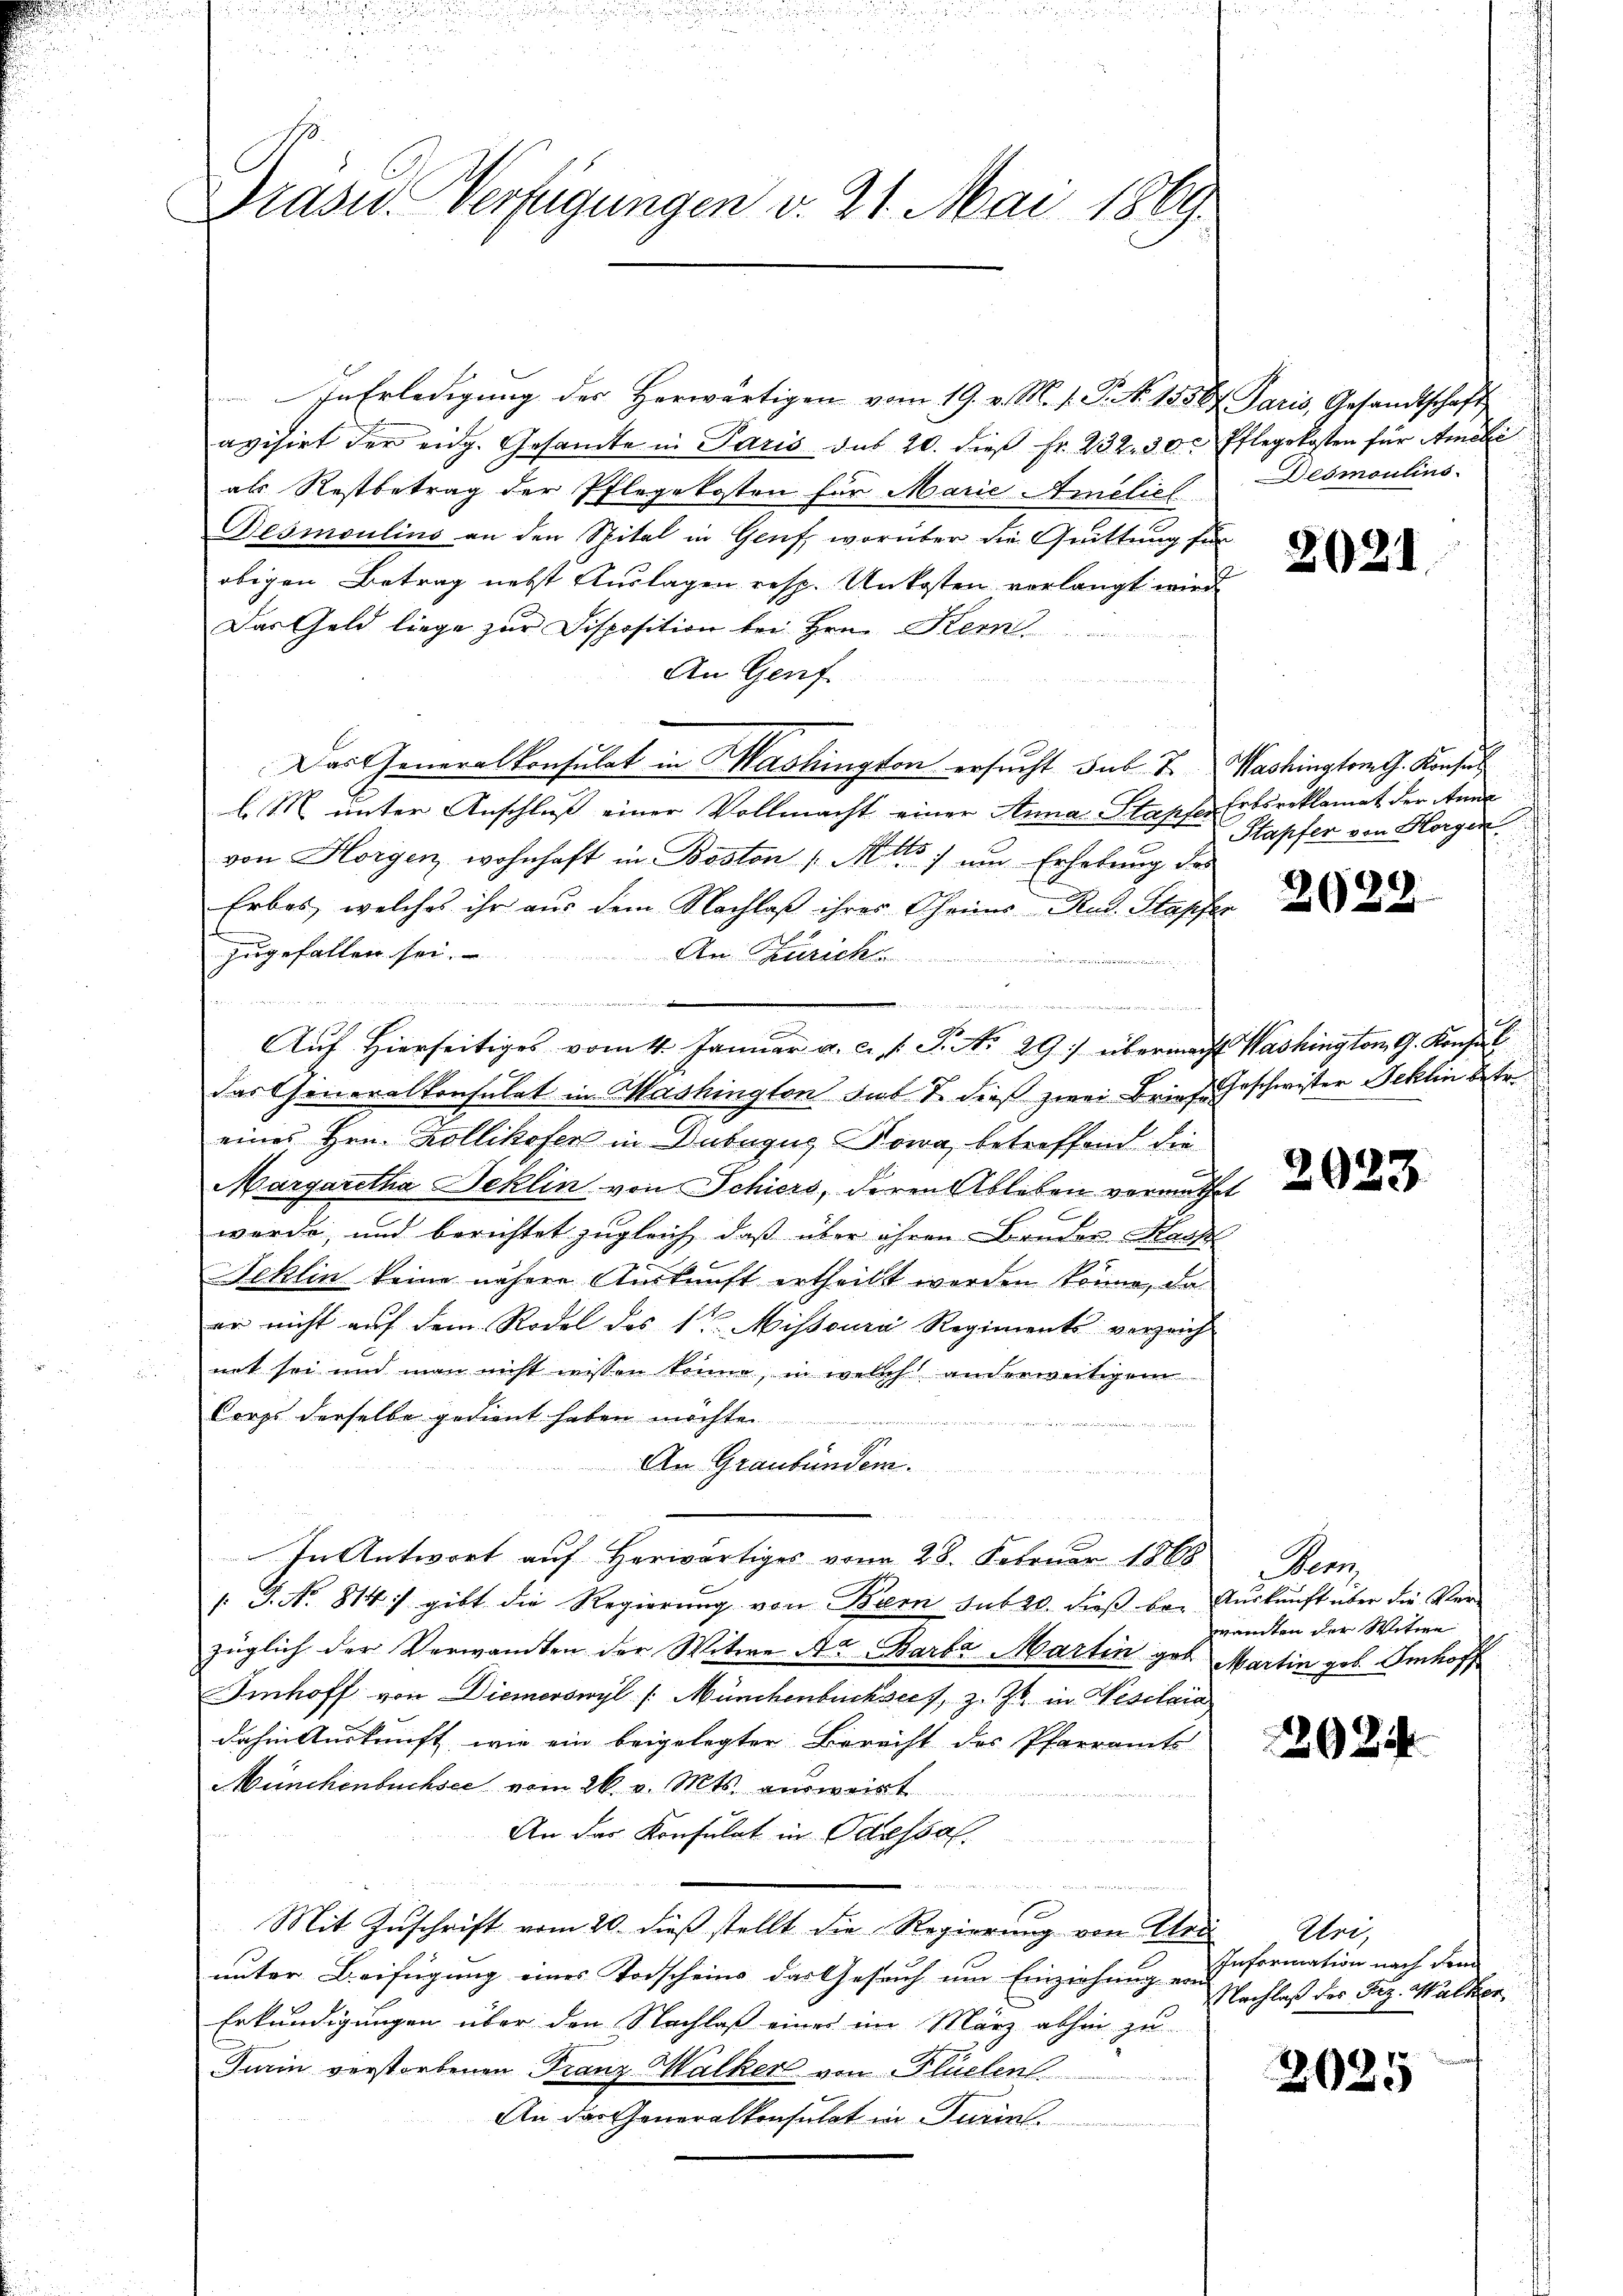
Präses Verfügungen v. 21. Mai 1869.

In Erledigung der Herwärtigen vom 19. v. M. 1. P. N. 15387. Paris, Gesandtschaft
avisirt der eidg. Gesamte in Paris das 20. dieβ fr. 232. 30. Pflegekosten für Amali
als Restbetrag der Pflegekosten für Marie-Amcliel
Desmoulins an den Spital in Genf, worüber die Guittung für
obigen Betrag nebst Auslagen resp. Unkosten vorlangt wird
Das Geld liege zur Disposition bei Hrn. Kern
An Genf
Das Generalkonsulat in Mashington ersucht sub. J. Washingtomth. Konsul
l. M. unter Anschluß einer Vollmacht einer Anna Stapfer Erbsreklamat der Anna
von Horgen, wohnhaft in Beston Mitte, um Erhebung des
Erbas, welches ihr aus dem Nachlaß ihrer Oheims Rud. Stapfer
zugefallen sei. An Zürich
edetenten anderen den der der die bei der erschi

Auf Hierseitiges vom 4. Januar a. c. s. S. Nr. 29) übermacht Washington G. Konsul
das Generalkonsulat in Mashington sub 2. dieß zwei Briefe Geschwister Jeklin betr.
eines Hrn. Kollikofen in Dubagus Nowa, betreffend die
Margaretha Jeklin von Schiers, deren Ableben vermuthet
werde, und berichtet zugleich, daß über ihren Bruder Haus
Schlin keine nähere Auskunft ertheilt worden könne, da
en nicht auf dem Rodel des 1t Missoura Regiments verzeich-
net sei und man nicht wissen könne, in welch anderweitigem
Corps derselbe gedient haben möchte.
 ewige
An Graubünden.
In Antwort auf Herwärtiges vom 28. Februar 1868
". J. No. 814 :/ gibt die Regierŭng von Bern sub 20. dieβ bei Aŭskŭnft über die Ver-
züglich der Verwandten der Witwe A. Barba Martin gab Martin geb. Imhoff
Imhoff von Diemerswyl /: Münchenbuchsees, z. Zt. in Wesilaia
dahin Auskunft, wie ein beigelegter Berecht des Pfarramts-
Münchenbuchsee vom 26. v. Mts. einwart
An das Konsulat in Odessa
m         der an den

e
Mit Zuschrift vom 20. dieß stellt die Regierung von Urs
unter Beifügung eines Todscheins das Gesuch um Einziehung von
Erkundigungen über den Nachlaß einer im März abhin zu
Farin verstorbenen Franz Malker von Flüelens
An der Generalkonsulat in Turinl.

Desmoulins.

202)

Stapfer von Horgen.

2029.

2033

en
manten der Witwe

292.

Uri,
Information nach dem
Nachlaß des Frz. Walker

2025